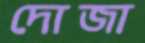
দোজা